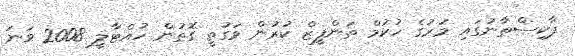
ޕާކިސްތާނުގައި މަރުގެ ހުކުމް ތަންފީޒް ކުރުން ވަގުތީ ގޮތުން ހުއްޓާލީ 2008 ވަނަ